Report of the Indian Hemp Drugs Commission, 1894-1895 - Volume IV
Year: 1894
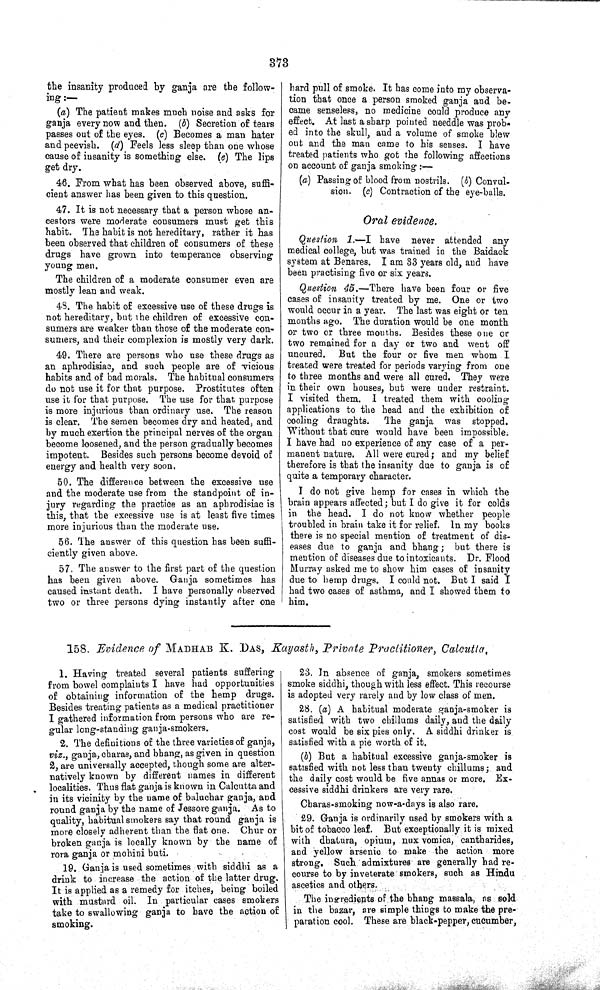
373
the insanity produced by ganja are the follow-
ing:—
(a) The patient makes much noise and asks for
ganja every now and then. (b) Secretion of tears
passes out of the eyes. (c) Becomes a man hater
and peevish. (d) Feels less sleep than one whose
cause of insanity is something else. (e) The lips
get dry.
46. From what has been observed above, suffi-
cient answer has been given to this question.
47. It is not necessary that a person whose an-
cestors were moderate consumers must get this
habit. The habit is not hereditary, rather it has
been observed that children of consumers of these
drugs have grown into temperance observing
young men.
The children of a moderate consumer even are
mostly lean and weak.
48. The habit of excessive use of these drugs is
not hereditary, but the children of excessive con-
sumers are weaker than those of the moderate con-
sumers, and their complexion is mostly very dark.
49. There are persons who use these drugs as
an aphrodisiac, and such people are of vicious
habits and of bad morals. The habitual consumers
do not use it for that purpose. Prostitutes often
use it for that purpose. The use for that purpose
is more injurious than ordinary use. The reason
is clear. The semen becomes dry and heated, and
by much exertion the principal nerves of the organ
become loosened, and the person gradually becomes
impotent. Besides such persons become devoid of
energy and health very soon.
50. The difference between the excessive use
and the moderate use from the standpoint of in-
jury regarding the practice as an aphrodisiac is
this, that the excessive use is at least five times
more injurious than the moderate use.
56. The answer of this question has been suffi-
ciently given above.
57. The answer to the first part of the question
has been given above. Ganja sometimes has
caused instant death. I have personally observed
two or three persons dying instantly after one
hard pull of smoke. It has come into my observa-
tion that once a person smoked ganja and be-
came senseless, no medicine could produce any
effect. At last a sharp pointed needdle was prob-
ed into the skull, and a volume of smoke blew
out and the man came to his senses. I have
treated patients who got the following affections
on account of ganja smoking:—
(a) Passing of blood from nostrils. (b) Convul-
sion. (c) Contraction of the eye-balls.
Oral evidence.
Question 1.—I have never attended any
medical college, but was trained in the Baidack
system at Benares. I am 33 years old, and have
been practising five or six years.
Question 45.—There have been four or five
cases of insanity treated by me. One or two
would occur in a year. The last was eight or ten
months ago. The duration would be one month
or two or three months. Besides these one or
two remained for a day or two and went off
uncured. But the four or five men whom I
treated were treated for periods varying from one
to three months and were all cured. They were
in their own houses, but were under restraint.
I visited them. I treated them with cooling
applications to the head and the exhibition of
cooling draughts.
The ganja was stopped.
Without that cure would have been impossible.
I have had no experience of any case of a per-
manent nature. All were cured; and my belief
therefore is that the insanity due to ganja is of
quite a temporary character.
I do not give hemp for cases in which the
brain appears affected; but I do give it for colds
in the head. I do not know whether people
troubled in brain take it for relief. In my books
there is no special mention of treatment of dis-
eases due to ganja and bhang; but there is
mention of diseases due to intoxicants. Dr. Flood
Murray asked me to show him cases of insanity
due to hemp drugs. I could not. But I said I
had two cases of asthma, and I showed them to
him.
158. Evidence of MADHAB K. DAS, Kayasth, Private Practitioner,
Calcutta.
1. Having treated several patients suffering
from bowel complaints I have had opportunities
of obtaining information of the hemp drugs.
Besides treating patients as a medical practitioner
I gathered information from persons who are re-
gular long-standing ganja-smokers.
2. The definitions of the three varieties of ganja,
viz., ganja, charas, and bhang, as given in question
2, are universally accepted, though some are alter-
natively known by different names in different
localities. Thus flat ganja is known in Calcutta and
in its vicinity by the name of baluchar ganja, and
round ganja by the name of Jessore ganja. As to
quality, habitual smokers say that round ganja is
more closely adherent than the flat one. Chur or
broken ganja is locally known by the name of
rora ganja or mohini buti.
19. Ganja is used sometimes with siddhi as a
drink to increase the action of the latter drug.
It is applied as a remedy for itches, being boiled
with mustard oil. In particular cases smokers
take to swallowing ganja to have the action of
smoking.
23. In absence of ganja, smokers sometimes
smoke siddhi, though with less effect. This recourse
is adopted very rarely and by low class of men.
28. (a) A habitual moderate ganja-smoker is
satisfied with two chillums daily, and the daily
cost would be six pies only. A siddhi drinker is
satisfied with a pie worth of it.
(b) But a habitual excessive ganja-smoker is
satisfied with not less than twenty chillums; and
the daily cost would be five annas or more. Ex-
cessive siddhi drinkers are very rare.
Charas-smoking now-a-days is also rare.
29. Ganja is ordinarily used by smokers with a
bit of tobacco leaf. But exceptionally it is mixed
with dhatura, opium, nux vomica, cantharides,
and yellow arsenic to make the action more
strong. Such admixtures are generally had re-
course to by inveterate smokers, such as Hindu
ascetics and others.
The ingredients of the bhang massala, as sold
in the bazar, are simple things to make the pre-
paration cool. These are black-pepper, cucumber,